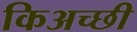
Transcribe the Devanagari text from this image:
किअच्छी